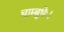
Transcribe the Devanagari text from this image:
चाम्बुधेः।